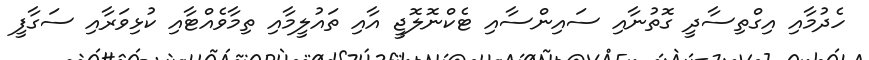
ހެދުމާއި އިގްތިސާދީ ގޮތުނާއި ސައިންސާއި ޓެކްނޮލޮޖީ އާއި ތައުލީމާއި ތިމާވެއްޓާއި ކުޅިވަރާއި ސަގާފީ